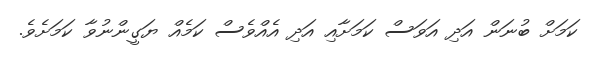
ކަމަށް ބުނަން އަދި އަވަސް ކަމަށާއި އަދި އެއްވެސް ކަމެއް ޔަގީންނުވާ ކަމަށެވެ.